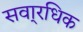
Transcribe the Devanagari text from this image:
सवा्रधिक